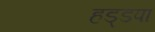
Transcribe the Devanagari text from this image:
हड्डपा